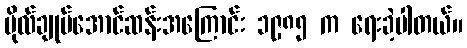
ဗိုလ်ချုပ်အောင်ဆန်းအကြောင်း ၁၉၈၅ က ရေးခဲ့ပါတယ်။